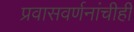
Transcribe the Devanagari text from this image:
प्रवासवर्णनांचीही